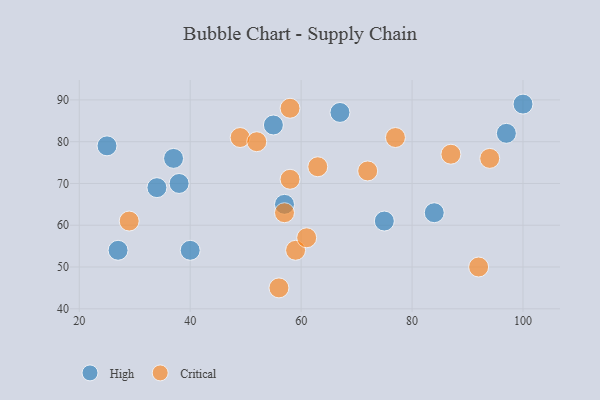
{"axis": {"x": "GDP", "y": "Life Expectancy"}, "legend": ["Critical", "High"], "data": [{"x": "27", "y": 54, "type": "High"}, {"x": "38", "y": 70, "type": "High"}, {"x": "67", "y": 87, "type": "High"}, {"x": "57", "y": 65, "type": "High"}, {"x": "75", "y": 61, "type": "High"}, {"x": "84", "y": 63, "type": "High"}, {"x": "37", "y": 76, "type": "High"}, {"x": "55", "y": 84, "type": "High"}, {"x": "25", "y": 79, "type": "High"}, {"x": "34", "y": 69, "type": "High"}, {"x": "97", "y": 82, "type": "High"}, {"x": "40", "y": 54, "type": "High"}, {"x": "100", "y": 89, "type": "High"}, {"x": "57", "y": 63, "type": "Critical"}, {"x": "58", "y": 88, "type": "Critical"}, {"x": "29", "y": 61, "type": "Critical"}, {"x": "56", "y": 45, "type": "Critical"}, {"x": "49", "y": 81, "type": "Critical"}, {"x": "58", "y": 71, "type": "Critical"}, {"x": "72", "y": 73, "type": "Critical"}, {"x": "59", "y": 54, "type": "Critical"}, {"x": "94", "y": 76, "type": "Critical"}, {"x": "63", "y": 74, "type": "Critical"}, {"x": "77", "y": 81, "type": "Critical"}, {"x": "61", "y": 57, "type": "Critical"}, {"x": "92", "y": 50, "type": "Critical"}, {"x": "52", "y": 80, "type": "Critical"}, {"x": "87", "y": 77, "type": "Critical"}]}